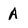
Character: A